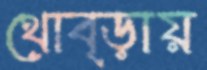
থোব্‌ড়ায়